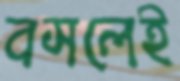
বসলেই